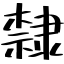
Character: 隸